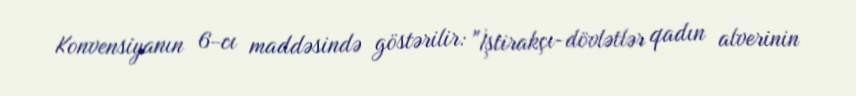
Konvensiyanın 6-cı maddəsində göstərilir: "İştirakçı-dövlətlər qadın alverinin